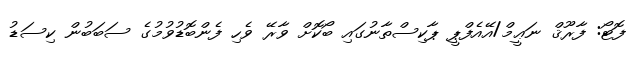
ފޮޓޯ: ފާރޫޤް ނަޢީމް/އޭއެފްޕީ ޕާކިސްތާނުގައި ބޯކޮށް ވާރޭ ވެހި ފެންބޮޑުވުމުގެ ސަބަބުން ކިސަޑު